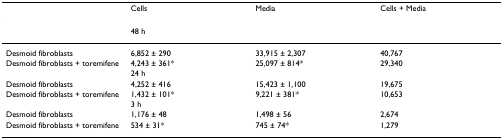
|  | Cells | Media | Cells + Media |
 | --- | --- | --- | --- |
 |  | <COLSPAN=3> 48 h |
 | Desmoid fibroblasts | 6,852 ± 290 | 33,915 ± 2,307 | 40,767 |
 | Desmoid fibroblasts + toremifene | 4,243 ± 361* | 25,097 ± 814* | 29,340 |
 |  | <COLSPAN=3> 24 h |
 | Desmoid fibroblasts | 4,252 ± 416 | 15,423 ± 1,100 | 19,675 |
 | Desmoid fibroblasts + toremifene | 1,432 ± 101* | 9,221 ± 381* | 10,653 |
 |  | <COLSPAN=3> 3 h |
 | Desmoid fibroblasts | 1,176 ± 48 | 1,498 ± 56 | 2,674 |
 | Desmoid fibroblasts + toremifene | 534 ± 31* | 745 ± 74* | 1,279 |